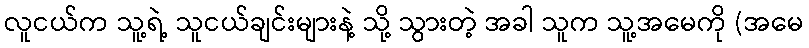
လူငယ်က သူ့ရဲ့ သူငယ်ချင်းများနဲ့ သို့ သွားတဲ့ အခါ သူက သူ့အမေကို (အမေ